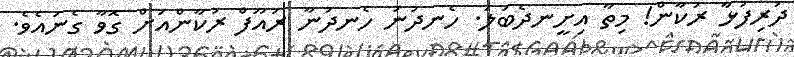
ދަރިފުޅާ ރުކާން! މިތާ އިށީނދެބަލަ. ހެނދުނު ހެނދުނާ ރައޫފް ރުކާންއަށް ގޮވާ ގެނައެވެ.